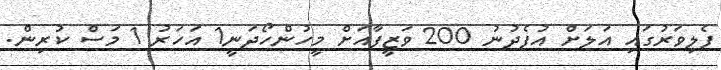
ފެލިވަރުގައި އަލަށް އުފެދުނު 200 ވަޒީފާއަށް މީހުންހޯދަނީ1 އަހަރު 1 މަސް ކުރިން.